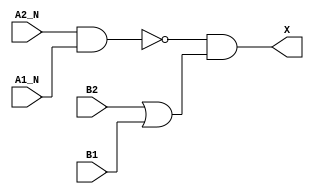
module sky130_fd_sc_ms__o2bb2a (
    X   ,
    A1_N,
    A2_N,
    B1  ,
    B2
);

    // Module ports
    output X   ;
    input  A1_N;
    input  A2_N;
    input  B1  ;
    input  B2  ;

    // Local signals
    wire nand0_out ;
    wire or0_out   ;
    wire and0_out_X;

    //   Name   Output      Other arguments
    nand nand0 (nand0_out , A2_N, A1_N        );
    or   or0   (or0_out   , B2, B1            );
    and  and0  (and0_out_X, nand0_out, or0_out);
    buf  buf0  (X         , and0_out_X        );

endmodule